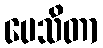
ပေသိတာ